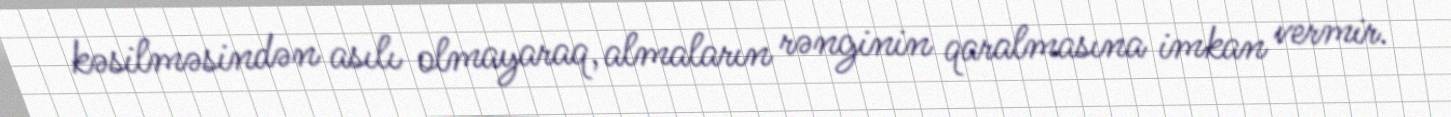
kəsilməsindən asılı olmayaraq, almaların rənginin qaralmasına imkan vermir.